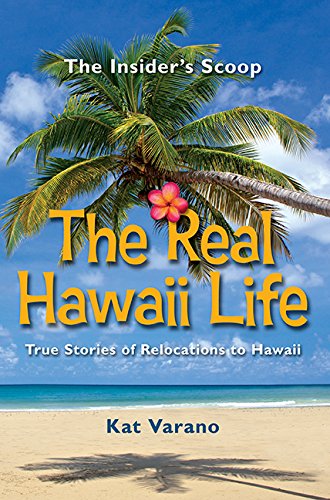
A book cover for The Real Hawaii Life, True Stories of Moving to Hawaii; Kat Varano; Travel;